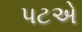
પટએ